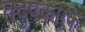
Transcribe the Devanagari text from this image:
तदुपकारक